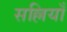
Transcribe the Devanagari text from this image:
सल्लियाँ